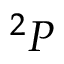
^ 2 P